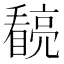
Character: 𭿧